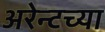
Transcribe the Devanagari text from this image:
अरेन्टच्या